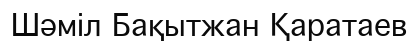
Шәміл Бақытжан Қаратаев